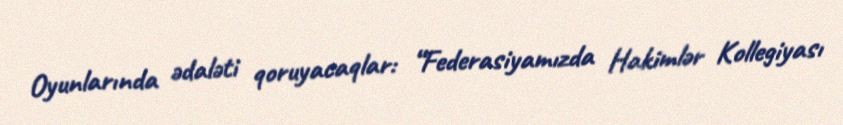
Oyunlarında ədaləti qoruyacaqlar: “Federasiyamızda Hakimlər Kollegiyası